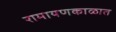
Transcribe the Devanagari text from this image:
रामायणकाळात